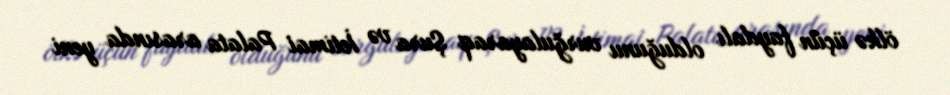
ölkə üçün faydalı olduğunu vurğulayaraq Şura və İctimai Palata arasında yeni